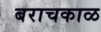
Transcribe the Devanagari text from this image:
बराचकाळ